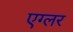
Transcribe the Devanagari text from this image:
एग्लर